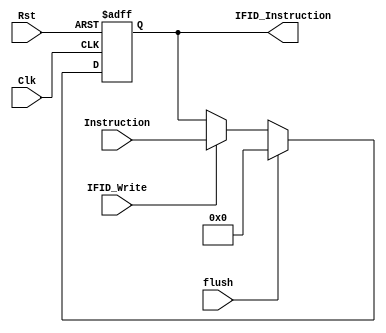
`timescale 1ns / 1ps
//////////////////////////////////////////////////////////////////////////////////
// Company: 
// Engineer: 
// 
// Design Name: 
// Module Name: IFIDReg
// Project Name: 
// Target Devices: 
// Tool Versions: 
// Description: 
// 
// Dependencies: 
// 
// Revision:
// Revision 0.01 - File Created
// Additional Comments:
// 
//////////////////////////////////////////////////////////////////////////////////


module IFIDReg(flush, Clk, Rst, IFID_Write, Instruction, IFID_Instruction);
    input Clk, Rst;
    input IFID_Write, flush;
    input [31:0] Instruction;
    
    output reg [31:0] IFID_Instruction;
    
    initial begin
        IFID_Instruction = 0;
    end
    
    always @(posedge Clk, posedge Rst) begin
    
        if(Rst == 1'b1)begin
            IFID_Instruction = 0;
        end
        else if (flush == 1'b1) begin
            IFID_Instruction = 0;
        end
        else if (IFID_Write == 1'b1) begin
            IFID_Instruction = Instruction;
        end
    end
    
//    always @(posedge Clk, posedge Rst) begin
    
//        if(Instruction[31:26] == 6'b000010)begin
//            flush_out = 1;
//        end
//        else begin
//            flush_out = 0;        
//        end
//    end
    
endmodule